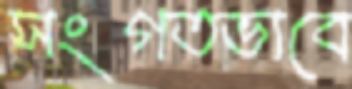
সংগতভাবে